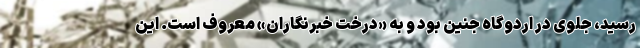
رسید، جلوی در اردوگاه جنین بود و به «درخت خبرنگاران» معروف است. این